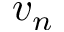
v _ { n }